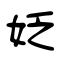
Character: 姂